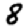
Digit: 8